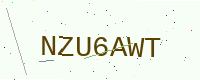
Text: NZU6AWT